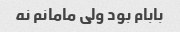
بابام بود ولی مامانم نه